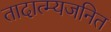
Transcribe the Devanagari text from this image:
तादात्म्यजनित